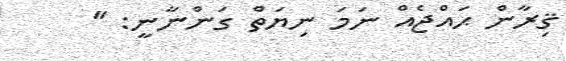
ޤިރާން ޙައްޖެއް ނަމަ ނިޔަތް ގަންނާނީ: ''